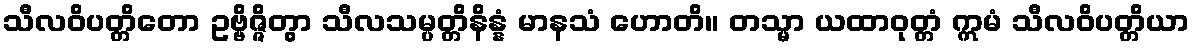
သီလဝိပတ္တိတော ဥဗ္ဗိဇ္ဇိတွာ သီလသမ္ပတ္တိနိန္နံ မာနသံ ဟောတိ။ တသ္မာ ယထာဝုတ္တံ ဣမံ သီလဝိပတ္တိယာ